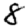
Digit: 8